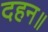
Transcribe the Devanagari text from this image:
दहन॥